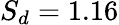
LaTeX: S_{d}=1.16